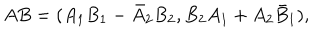
A B = ( A _ { 1 } B _ { 1 } - \bar { A } _ { 2 } B _ { 2 } , B _ { 2 } A _ { 1 } + A _ { 2 } \bar { B } _ { 1 } ) ,